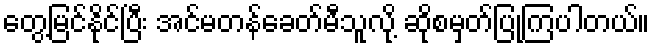
တွေ့မြင်နိုင်ပြီး အင်မတန်ခေတ်မီသူလို့ ဆိုစမှတ်ပြုကြပါတယ်။